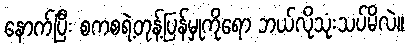
နောက်ပြီး စကစရဲ့တုန့်ပြန်မှုကိုရော ဘယ်လိုသုံးသပ်မိလဲ။